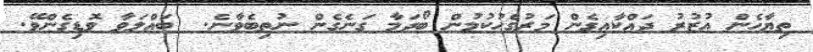
ތިޔާހެން އުޒުރު ދައްކާއިގެން މަރުގެހުކުމުން ބޯދަމާ ގަނެގެން ނުތިބެވާނެ.  ބައްލަވާ ވޮޑިގެންވޭ.